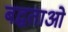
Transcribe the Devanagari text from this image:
बद्धताओं